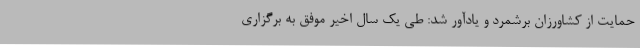
حمایت از کشاورزان برشمرد و یادآور شد: طی یک سال اخیر موفق به برگزاری